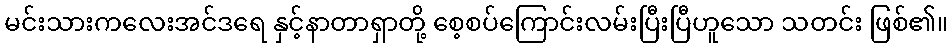
မင်းသားကလေးအင်ဒရေ နှင့်နာတာရှာတို့ စေ့စပ်ကြောင်းလမ်းပြီးပြီဟူသော သတင်း ဖြစ်၏။